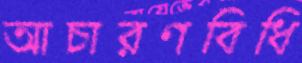
আচারণবিধি